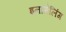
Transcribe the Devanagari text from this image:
इनामेलिंग